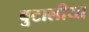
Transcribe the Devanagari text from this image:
बुटालीया